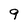
Character: 9